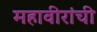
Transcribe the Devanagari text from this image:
महावीरांची